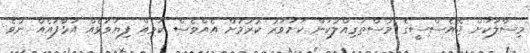
މިސާލަކަށް ޖޭއެސްސީގެ މުސްތަގިއްލުކަން ކަށަވަރު ކުރުމަށް އެއްވެސް ކަމެއް ފިޔަވަޅެއް އަޅާފައެއް ނުވެ